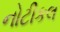
નોટીકલ